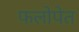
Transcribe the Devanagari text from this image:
फलोपेत